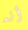
أنه